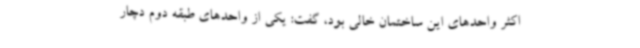
اکثر واحدهای این ساختمان خالی بود، گفت: یکی از واحدهای طبقه دوم دچار